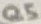
Text: Q5